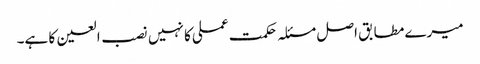
میرے مطابق اصل مسئلہ حکمت عملی کا نہیں نصب العین کا ہے۔